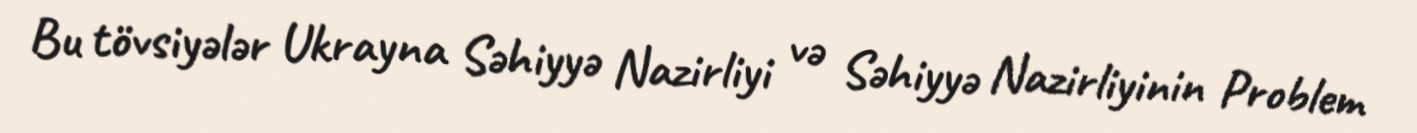
Bu tövsiyələr Ukrayna Səhiyyə Nazirliyi və Səhiyyə Nazirliyinin Problem